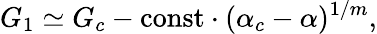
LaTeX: G_{1}\simeq G_{c}-\mathrm{const}\cdot(\alpha_{c}-\alpha)^{1/m},